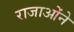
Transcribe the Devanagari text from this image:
राजाओंने